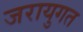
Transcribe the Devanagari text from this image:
जरायुगत